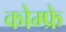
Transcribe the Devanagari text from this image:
कोम्फ्रे